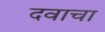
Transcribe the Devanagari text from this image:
दवाचा